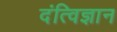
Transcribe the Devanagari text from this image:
दंत्विज्ञान